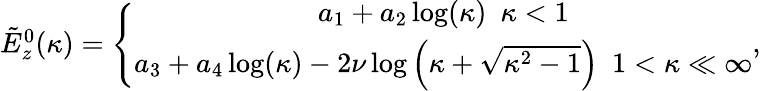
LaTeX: \begin{array}{r}{\tilde{E}_{z}^{0}(\kappa)=\left\{ \begin{array}{c}{a_{1}+a_{2}\log(\kappa)~~\kappa<1}\\ {a_{3}+a_{4}\log(\kappa)-2\nu\log\left(\kappa+\sqrt{\kappa^{2}-1}\right)~~1<\kappa\ll\infty}\end{array}\right.,}\end{array}